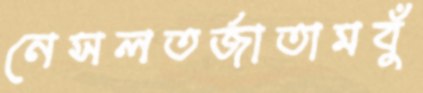
নেসলতর্জাতামবুঁ